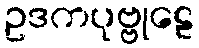
ဥဒကပုဗ္ဗုဠေ